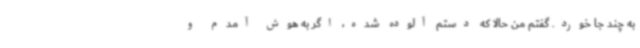
به چند جا خورد. گفتم من حالا که دستم آلوده شده، اگر به هوش آمدم و